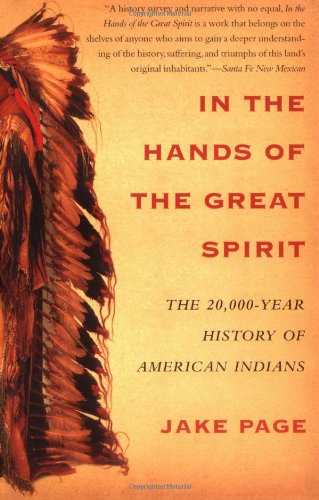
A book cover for In the Hands of the Great Spirit: The 20,000-Year History of American Indians; Jake Page; History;